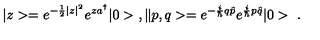
| z > = e ^ { - \frac { 1 } { 2 } | z | ^ { 2 } } e ^ { z a ^ { \dagger } } | 0 > \ , \| p , q > = e ^ { - \frac { i } { \hbar } q \hat { p } } e ^ { \frac { i } { \hbar } p \hat { q } } | 0 > \ .